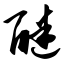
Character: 醚